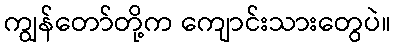
ကျွန်တော်တို့က ကျောင်းသားတွေပဲ။